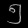
Digit: ၅